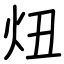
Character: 炄